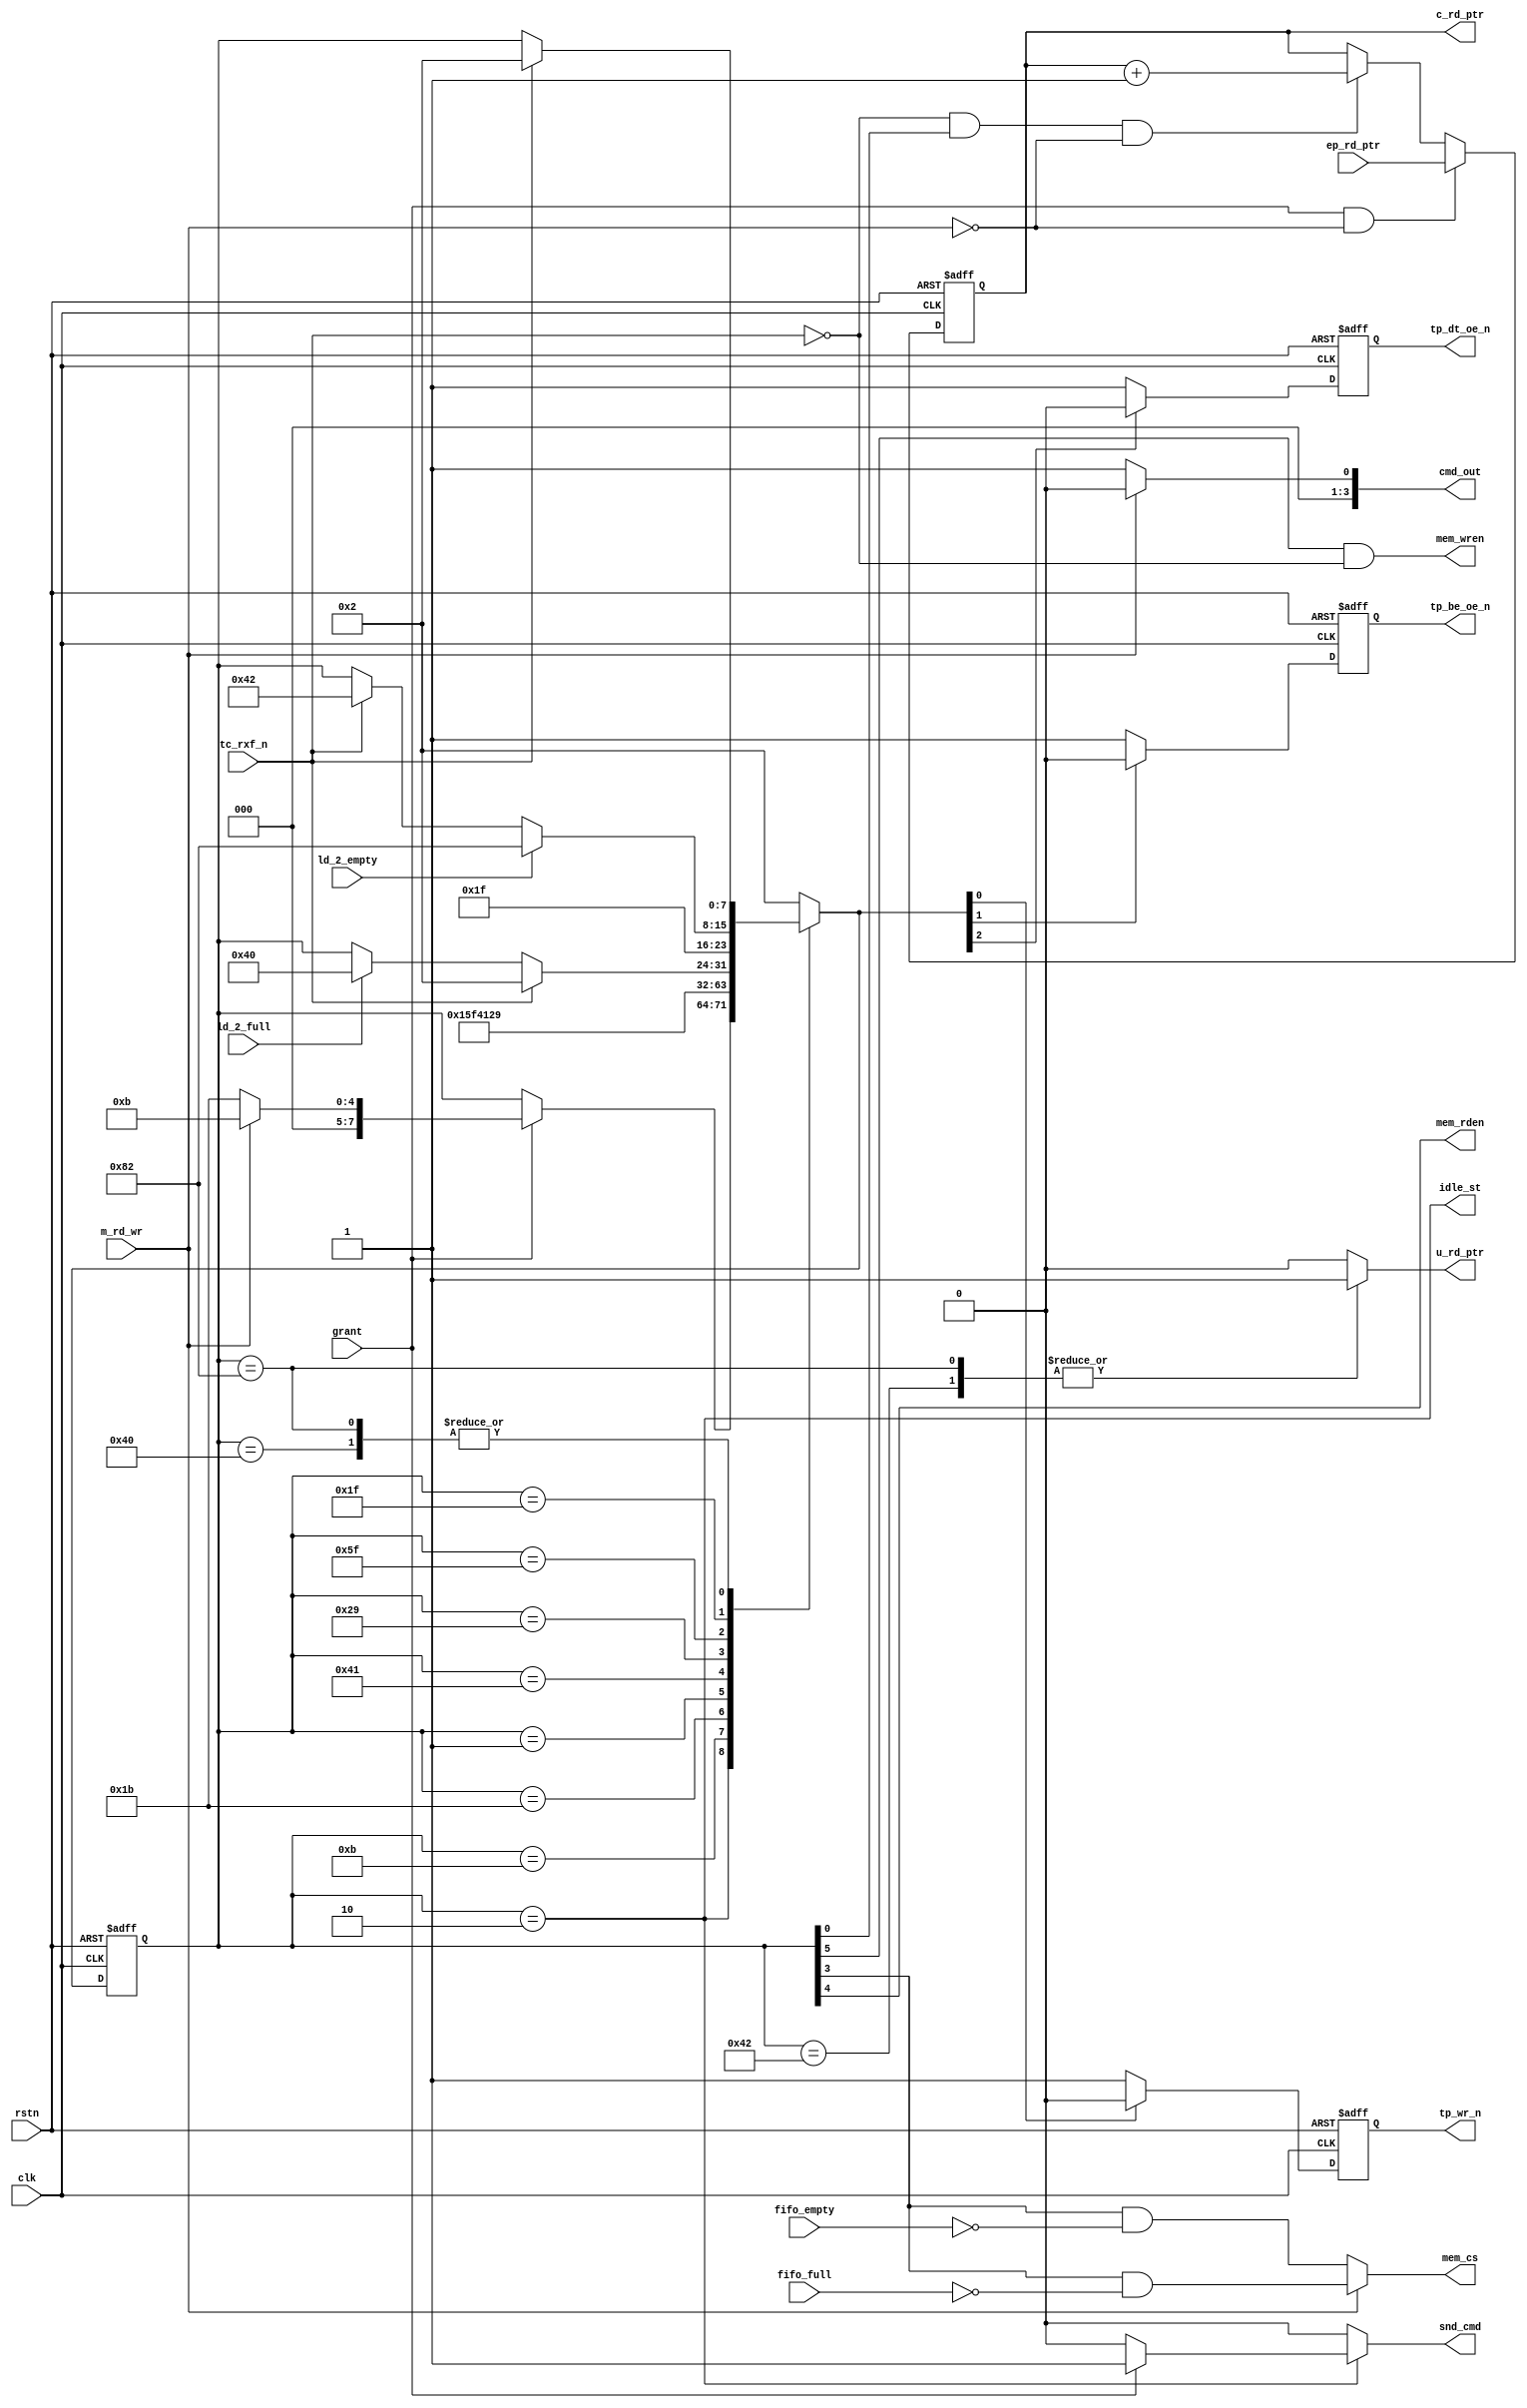
//------------------------------------------------------------------------------
// Title        : fifo_mst_fsm.v 
// Project      : FT600
//------------------------------------------------------------------------------
//------------------------------------------------------------------------------
// Description  : 
//               FIFO FT600 Master FSM 
//  
//             
//------------------------------------------------------------------------------
// Known issues & omissions:
// 
// 
//------------------------------------------------------------------------------
// Copyright 2013 FTDI Ltd. All rights reserved.
//------------------------------------------------------------------------------

module fifo_mst_fsm #(
  parameter EPm_MSZ = 11
  ) (

  // inputs
  input                    rstn,
  input                    clk,
  input                    tc_rxf_n,      // this is s2mack_n in PP mode
  input                    grant,
  input                    m_rd_wr,       // 1: master read, 0: master write
  input                    fifo_full,
  input                    fifo_empty,
  input                    ld_2_full,
  input                    ld_2_empty,
  input [EPm_MSZ:0]        ep_rd_ptr,

  // outputs
  output wire              idle_st,
  output wire [3:0]        cmd_out,
  output reg               tp_wr_n,       // this is m2sreq_n in M600 mode
  output reg               snd_cmd,
  output reg               tp_dt_oe_n,    // data BE[1]
  output reg               tp_be_oe_n,
  output reg               u_rd_ptr,
  output reg [EPm_MSZ:0]   c_rd_ptr,
  output wire              mem_cs,
  output wire              mem_wren,
  output wire              mem_rden

);


  reg  [7:0]   cur_st;
  reg  [7:0]   nxt_st;
 
  wire         adv_c_rptr;
  wire         load_crptr;
  wire         s2mack_n;




  assign adv_c_rptr = ~s2mack_n & cur_st[0] & ~m_rd_wr;

  assign load_crptr = grant & ~m_rd_wr;

  assign s2mack_n   = tc_rxf_n;

  assign mem_wren   = cur_st[5] & ~s2mack_n;

  assign mem_cs     = m_rd_wr ? (cur_st[3] & ~fifo_full) :
                                (cur_st[3] & ~fifo_empty);

  assign mem_rden   = cur_st[4];

  assign cmd_out    = m_rd_wr ? 4'h0 : 4'h1;



///////////////////////////////////////////////////////////////////////////////
// FSM
//


  localparam   MODE_SL = 8'b0000_0000;  // h00
  localparam   F888M00 = 8'b0000_0010;  // h02
  localparam   F888M10 = 8'b0000_1011;  // h0b
  localparam   F888M11 = 8'b0000_0001;  // h01 MT READ turnaround
  localparam   F888M12 = 8'b0100_0001;  // h41 MT Wait
  localparam   F888M13 = 8'b0010_1001;  // h29 MT READ
  localparam   F888M14 = 8'b0100_0000;  // h40
  localparam   F888M20 = 8'b0001_1011;  // h1b
  localparam   F888M21 = 8'b0101_1111;  // h5f MT WRITE turnaround
  localparam   F888M22 = 8'b0001_1111;  // h1f MT WRITE
  localparam   F888M23 = 8'b0100_0010;  // h42
  localparam   F888M24 = 8'b1000_0010;  // h82



  assign idle_st    = cur_st == F888M00;


  always @(*) begin

    nxt_st      = cur_st;
    snd_cmd     = 0;
    u_rd_ptr    = 0;

    case(cur_st)

      MODE_SL: begin

        nxt_st = F888M00;

      end
      F888M00: begin

        if (grant) begin

          snd_cmd = 1;
          
          if (m_rd_wr)
            nxt_st = F888M10;   // master read cycle 
          else
            nxt_st = F888M20;   // master write cycle

        end

      end
      F888M10: begin            // master read cmd on bus 

        nxt_st = F888M11;

      end
      F888M20: begin            // master write cmd on bus 

        nxt_st = F888M21;

      end
      F888M11: begin            // MASTER READ turn around  

        nxt_st = F888M12;

      end
      F888M12: begin            // MASTER READ wait 

        nxt_st = F888M13;

      end
      F888M13: begin            // MASTER READ DATA

        if (s2mack_n)
          nxt_st = F888M00;
        else if (ld_2_full)
          nxt_st = F888M14;

      end
      F888M14: begin           // waiting for s2mack_n de-assertion

        if (s2mack_n)
         nxt_st = F888M00;

      end
      F888M21: begin          // MASTER WRITE turn around

        nxt_st = F888M22;

      end
      F888M22: begin          // MASTER WRITE DATA
 
        if (ld_2_empty)
          nxt_st = F888M24;
        else if (s2mack_n)
          nxt_st = F888M23;

      end
      F888M23: begin          // de-assert m2sreq_n & turn around 
    
         nxt_st = F888M00;
         u_rd_ptr = 1;

      end
      F888M24: begin          // de-assert m2sreq_n & turn around

        if (s2mack_n)   
          nxt_st = F888M00;

        u_rd_ptr = 1;

      end

     default: begin

        nxt_st = F888M00;

     end

    endcase

  end


  always @(posedge clk or negedge rstn)
    if (~rstn) begin
      cur_st       <= MODE_SL;
      c_rd_ptr     <= 0;
      tp_wr_n      <= 1;
      tp_be_oe_n   <= 1;
      tp_dt_oe_n   <= 1;
    end
    else begin

      cur_st       <= nxt_st;

      if (nxt_st[2])
        tp_dt_oe_n <= 0;
      else
        tp_dt_oe_n <= 1;

      if (nxt_st[1])
        tp_be_oe_n   <= 0;
      else
        tp_be_oe_n   <= 1;

      if (nxt_st[0])
        tp_wr_n    <= 0;
      else
        tp_wr_n    <= 1;
        
      if (load_crptr)
        c_rd_ptr   <= ep_rd_ptr;
      else if (adv_c_rptr)
        c_rd_ptr   <= c_rd_ptr + 1'b1;

    end


endmodule